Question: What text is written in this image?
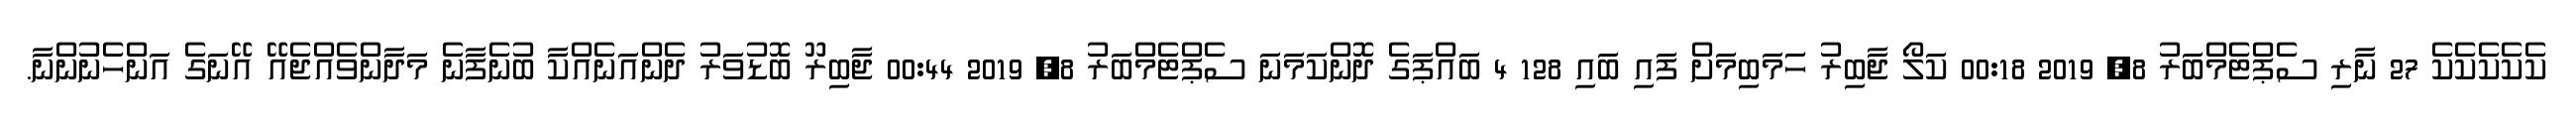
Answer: ކެކެކެކެކެ 27 ނާރި ސެޕްޓެމްބަރު 8, 2019 00:18 ކަލޯ ޖާބިރު ހަަމަބިމަށް ފައި ބައި 128 4 ބައްޕަގެ ދޮންކަމަނަ ސެޕްޓެމްބަރު 8, 2019 00:44 ޖާބިރޫ ބޮޑުވަރު ދެންއަނެއްކާ ބުނެފާނެ މަދާންވެއްޖެއޭ އޭނަގެ އަންހެނުންނާ.